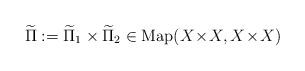
LaTeX: \begin{align*}\widetilde\Pi :=\widetilde\Pi\sb1\times\widetilde\Pi\sb 2\in\mbox{$\mbox{Map}(X\!\times\! X,X\!\times\! X)$}\end{align*}